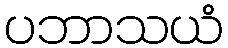
ပဘာသယံ